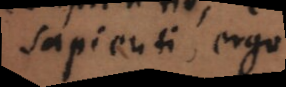
sapientis ergo